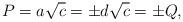
LaTeX: \begin{align*}P=a\sqrt{c}=\pm d\sqrt{c}=\pm Q,\end{align*}